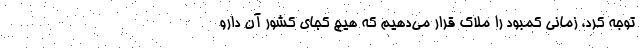
توجه کرد، زمانی کمبود را ملاک قرار می‌دهیم که هیچ کجای کشور آن دارو